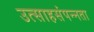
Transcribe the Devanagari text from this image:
उत्साहसंपन्नता